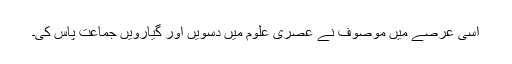
اسی عرصے میں موصوف نے عصری علوم میں دسویں اور گیارویں جماعت پاس کی۔